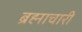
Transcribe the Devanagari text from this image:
ब्रह्माचारी